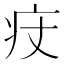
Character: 㽴